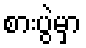
စားပွဲမှာ